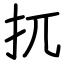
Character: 扤